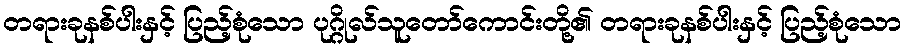
တရားခုနစ်ပါးနှင့် ပြည့်စုံသော ပုဂ္ဂိုလ်သူတော်ကောင်းတို့၏ တရားခုနစ်ပါးနှင့် ပြည့်စုံသော